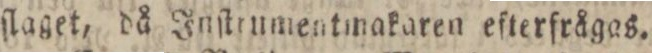
ſlaget, då Inſtmmentmakaren efterfrågas.